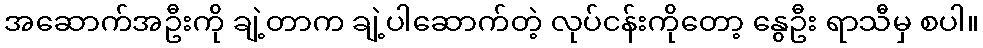
အဆောက်အဦးကို ချဲ့တာက ချဲ့ပါဆောက်တဲ့ လုပ်ငန်းကိုတော့ နွေဦး ရာသီမှ စပါ။